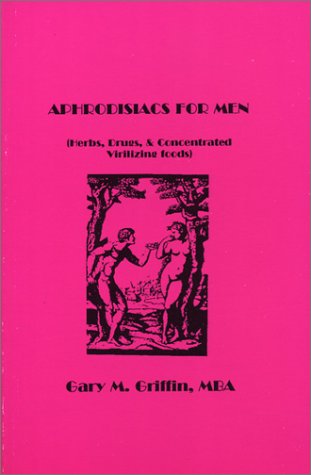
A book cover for Aphrodisiacs for Men: Herbs, Drugs, and Concentrated Virilizing Foods; Gary M. Griffin; Health, Fitness & Dieting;